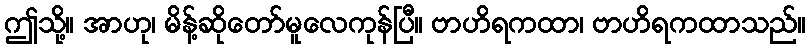
ဤသို့။ အာဟု၊ မိန့်ဆိုတော်မူလေကုန်ပြီ။ ဗာဟိရကထာ၊ ဗာဟိရကထာသည်။